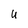
Character: U